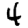
Digit: 4